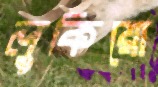
লুকিয়ো